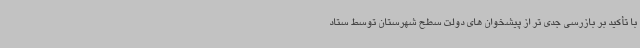
با تأکید بر بازرسی جدی تر از پیشخوان های دولت سطح شهرستان توسط ستاد